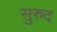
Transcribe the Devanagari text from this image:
सुरुद